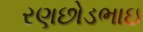
રણછોડભાઇ